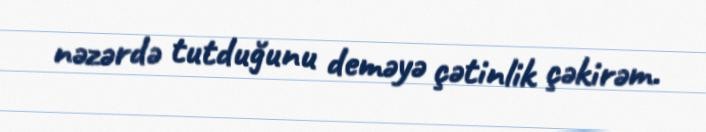
nəzərdə tutduğunu deməyə çətinlik çəkirəm.